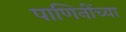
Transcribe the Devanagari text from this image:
पाणिनींच्या